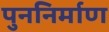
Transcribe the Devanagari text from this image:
पुननिर्माण